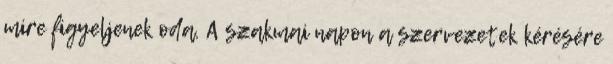
mire figyeljenek oda. A szakmai napon a szervezetek kérésére